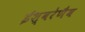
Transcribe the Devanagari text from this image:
ईश्वरेणैव